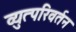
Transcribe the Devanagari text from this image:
व्युत्परिवर्तन